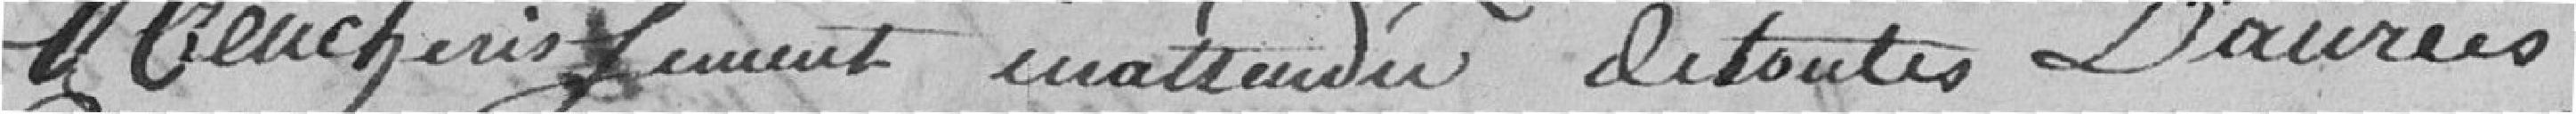
renchérissement inattendu de toutes denrées